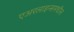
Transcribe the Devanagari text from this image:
एअरलाइन्समधील